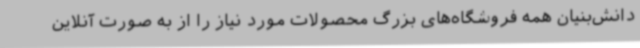
دانش‌بنیان همه فروشگاه‌های بزرگ محصولات مورد نیاز را از به صورت آنلاین